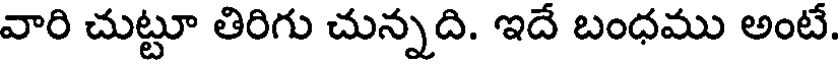
వారి చుట్టూ తిరిగు చున్నది. ఇదే బంధము అంటే.